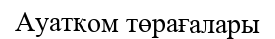
Ауатком төрағалары